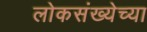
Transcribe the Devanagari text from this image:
लोकसंख्‍येच्‍या